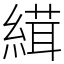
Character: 縙